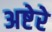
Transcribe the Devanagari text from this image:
अष्टेरे